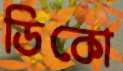
ডিকো